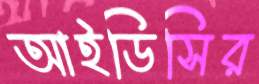
আইডিসির